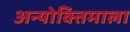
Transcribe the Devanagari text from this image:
अन्योक्तिमाला